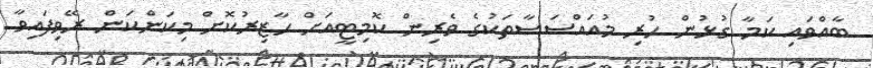
ބާއްވައި ކަމާ ގުޅުން ހުރި މުއައްސަސާތަކުގެ ވެރިން ކޮމިޓީއަށް ހާޒިރުކޮށް މިކަންކަން ރޭވިފައިވާ